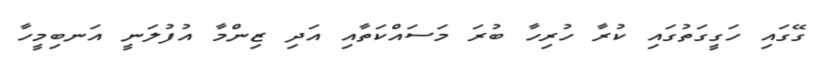
ގޭގައި ހަގީގަތުގައި ކުރާ ހުރިހާ ބުރަ މަސައްކަތާއި އަދި ޒިންމާ އުފުލަނީ އަނބިމީހާ